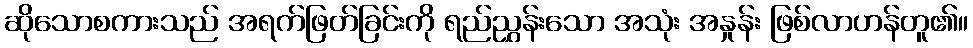
ဆိုသောစကားသည် အရက်ဖြတ်ခြင်းကို ရည်ညွှန်းသော အသုံး အနှုန်း ဖြစ်လာဟန်တူ၏။